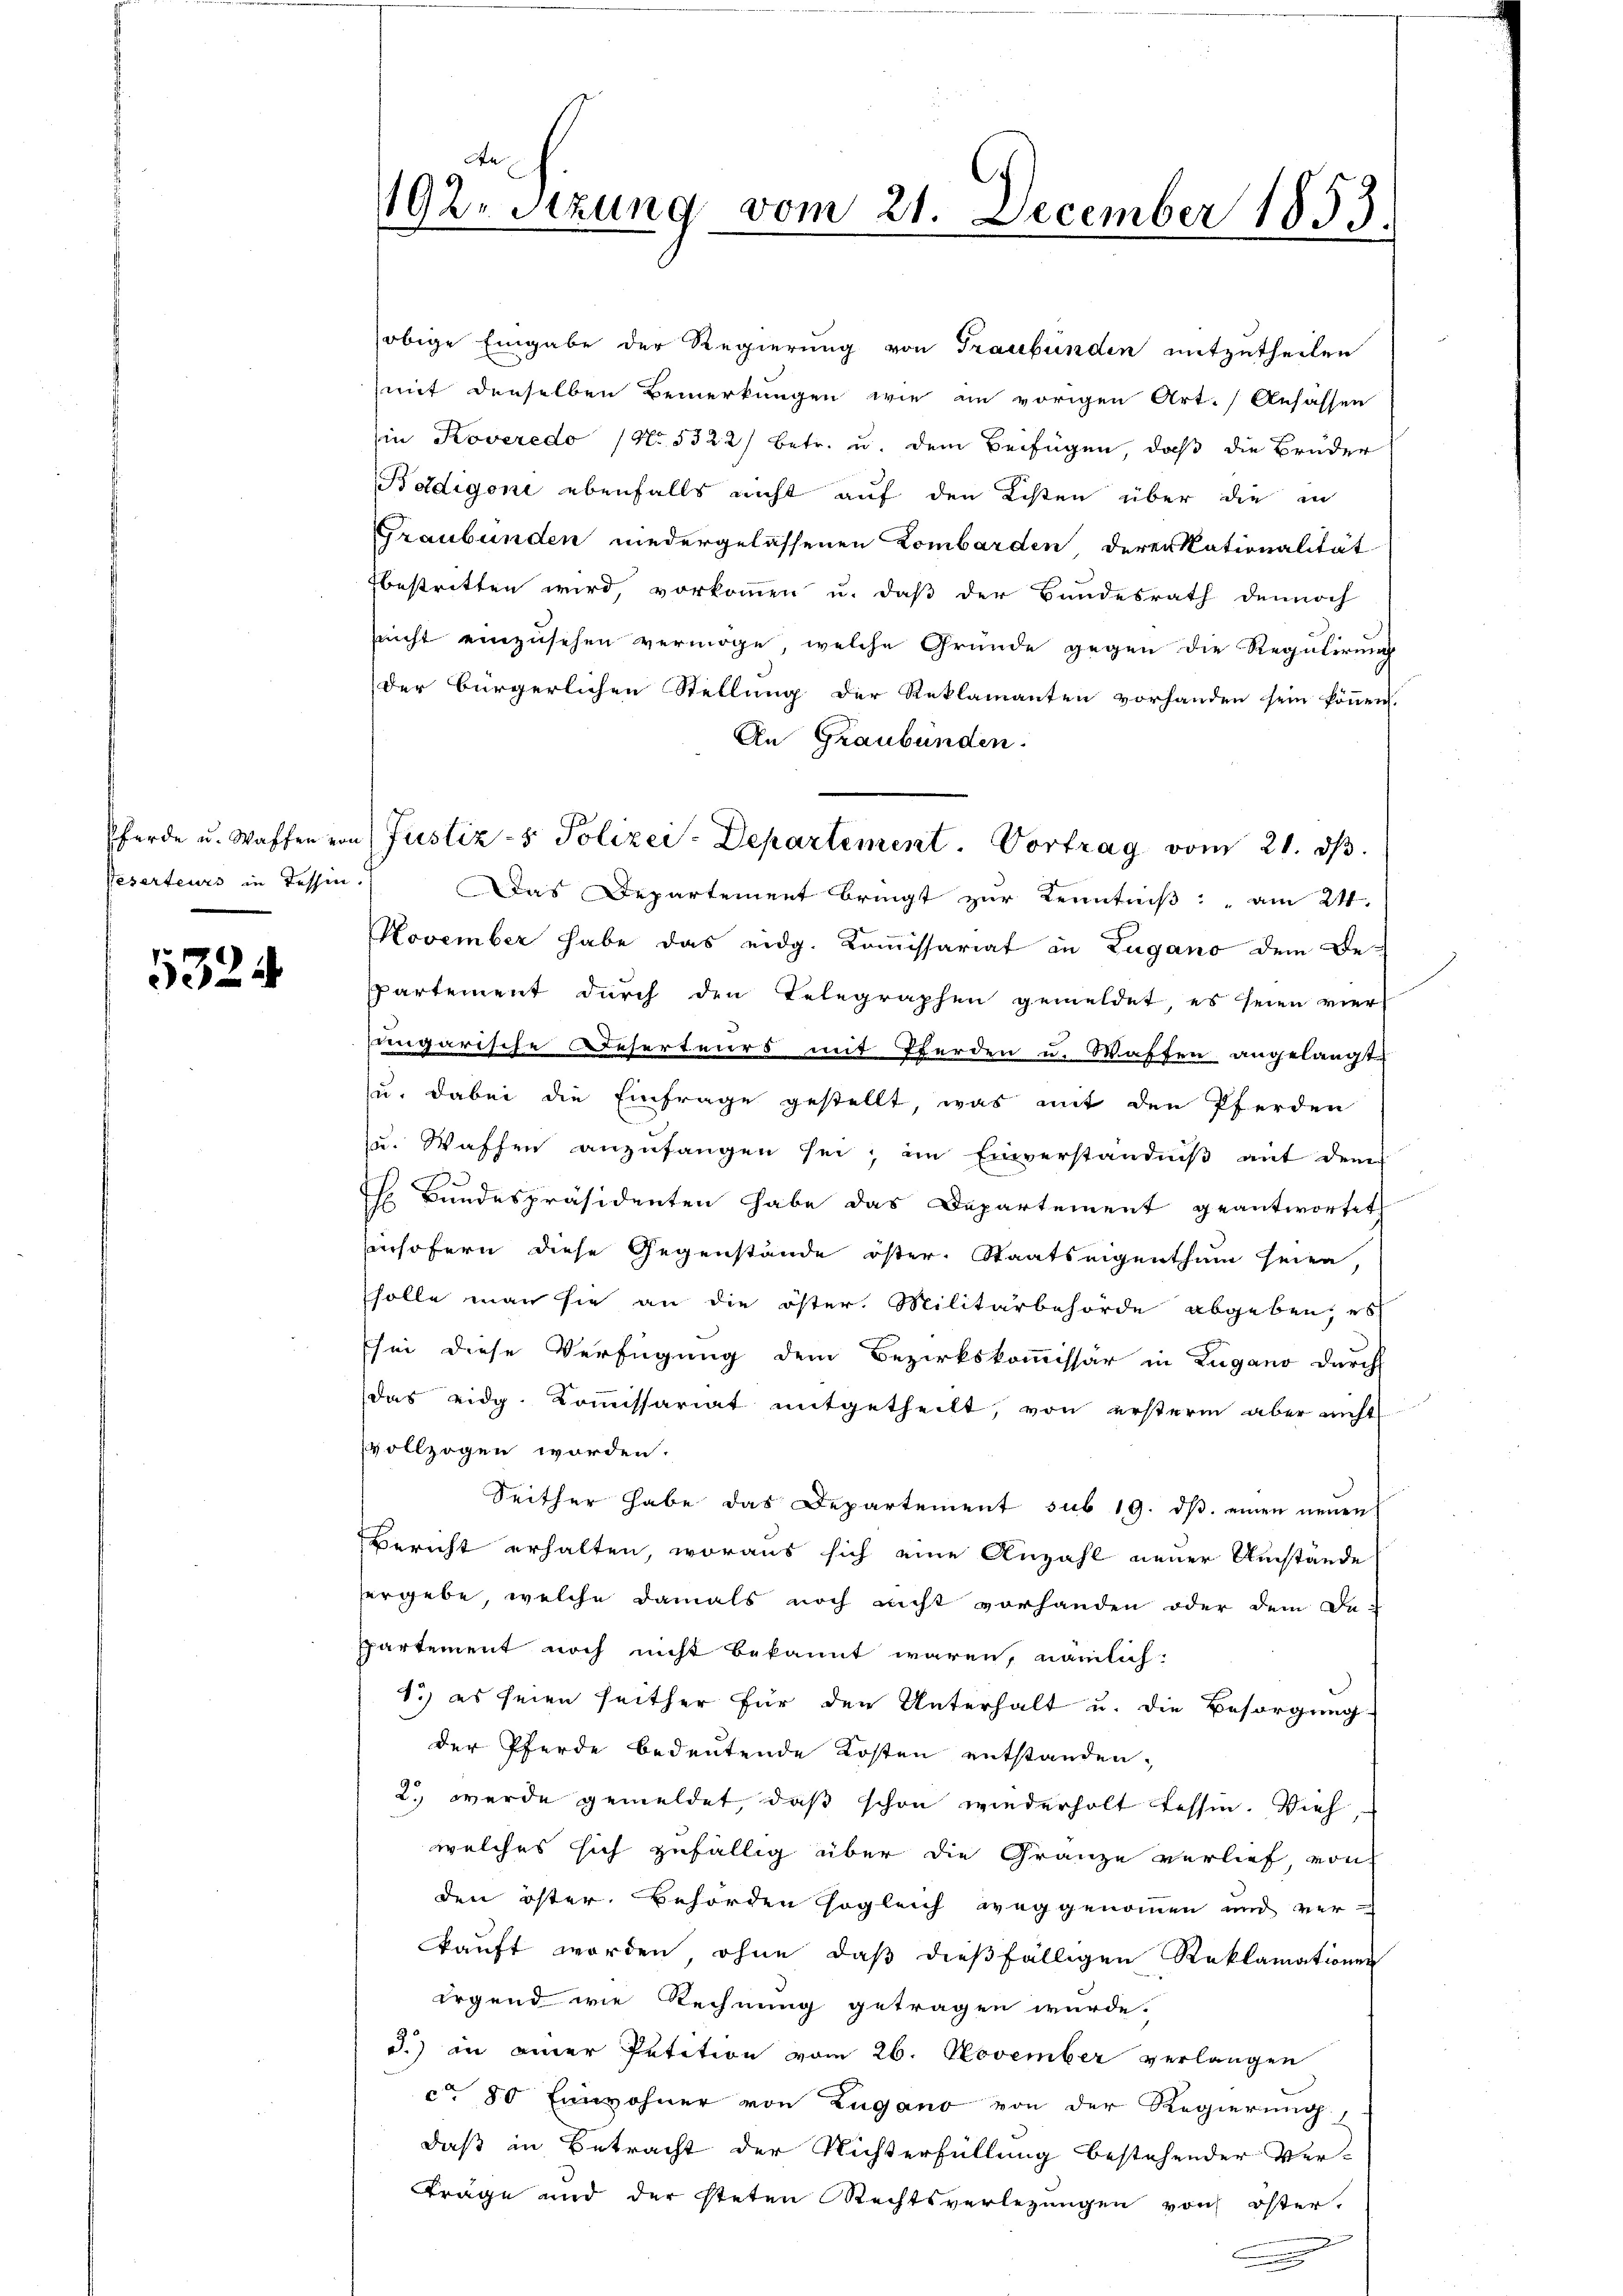
5324

de
192. Stzung vom 21. December 1853.
.

obige Eingabe der Regierung von Graubünden mitzutheilen
mit denselben Bemerkungen wie an vorigen Art. Ansassen
in Koveredo (No. 5322/ betr. u. dem Beifügen, daß die Brüder
Bodigone ebenfalls nicht auf den Listen über die in
Graubünden niedergelassenen Lombarden dererkationalität
bestritten wird, vorkommen u. daß der Bundesrath dennoch
snicht einzusehen vermöge, welche Gründe gegen die Regulirung
der bürgerlichen Stellung der Reklamanten vorhanden sein können.
An Graubünden.
Teserteurs in Tessin.) Das Departement bringt zur Kenntniß am 24.
November habe das eidg. Kommissariat in Zugano dem Be-
spartement durch den Telegraphen gemeldet, es seien vier
ungarische Reserteurs mit Berden u. Waffen angelangt
u. dabei die Einfrage gestellt, was mit den Pferden
u. Waffen anzufangen sei, im Einverständniß mit dem
s Bundespräsidenten habe das Departement geantwortet
insofern diese Gegenstände öster, Staatseigenthum seien,
holle man sie an die öster Militärbehörde abgeben, es
Esei diese Verfügung dem Bezirkskommissär in Zugano durch
das eidg. Kommissariat mitgetheilt, von ersterm aber nicht
vollzogen worden.
Seither habe das Departement sub 19. dβ. einen neuen
Bericht erhalten, woraus sich eine Anzahl neuer Umstände
hergebe, welche damals noch nicht vorhanden oder dem De-
spartement noch nicht bekannt waren, nämlich:
1.) es seien seither für den Unterhalt u. die Besorgung
der Pferde bedeutende Kosten entstanden,
2. werde gemeldet, daß schon wiederholt fessin. Vieh
welches sich zufällig über die Gränze verlief, von
den öster. Behörden sogleich weggenommen und ver-
kauft worden, ohne daß dießfälligen Reklamationen
irgend wie Rechnung getragen würde.
d.) in einer Petition vom 26. November verlangen
ca 80 Einwohner von Zugano von der Regierung.
daß in Betracht der Nichterfüllung bestehender Ver-
Träge und der steten Rechtsverletzungen von öster,

ferde u. Waffen von Justiz- & Polizei-Departement. Vortrag vom 21. ds.